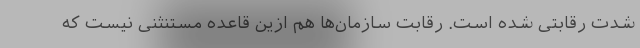
شدت رقابتی شده است. رقابت سازمان‌ها هم ازین قاعده مستنثنی نیست که